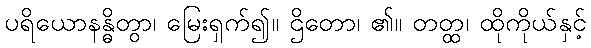
ပရိယောနန္ဓိတွာ၊ မြေးရှက်၍။ ဌိတော၊ ၏။ တတ္ထ၊ ထိုကိုယ်နှင့်